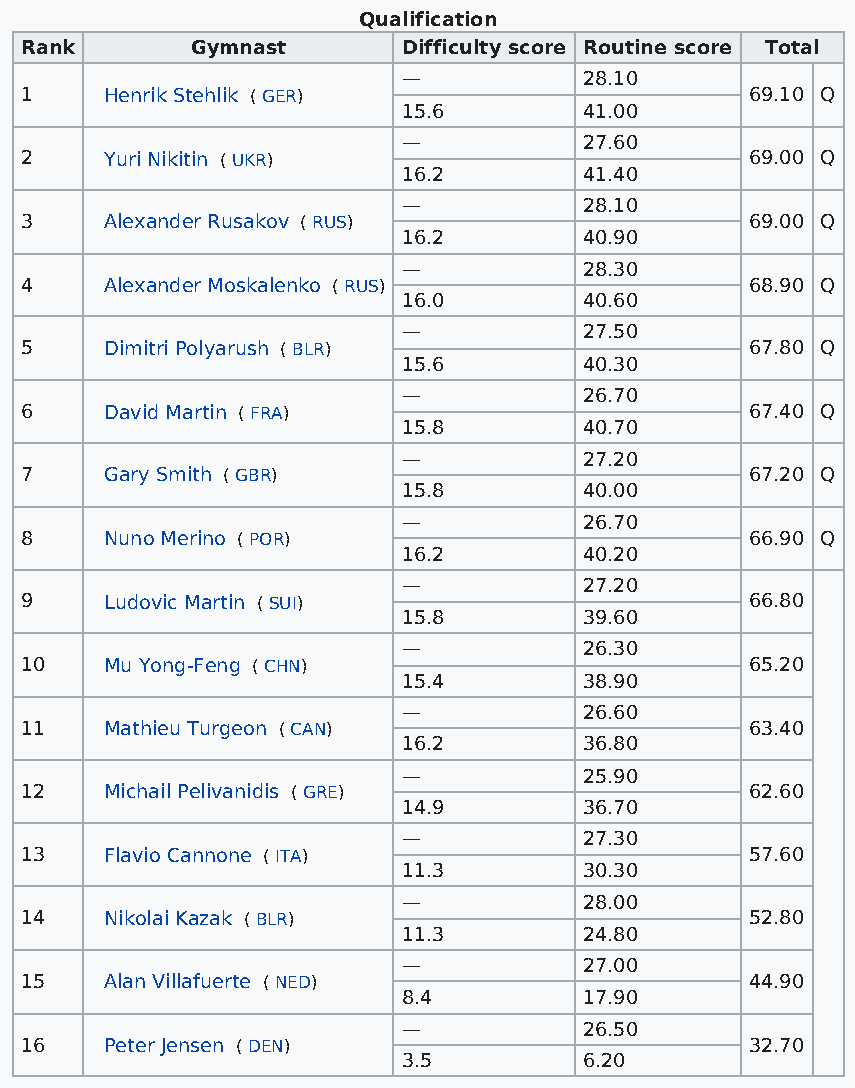
Qualification
 Rank        Gymnast       Difficulty score Routine score Total
 —           28.10
 1     Henrik Stehlik ( GER)                      69.10 Q
 15.6        41.00
 —           27.60
 2     Yuri Nikitin ( UKR)                        69.00 Q
 16.2        41.40
 —           28.10
 3     Alexander Rusakov ( RUS)                   69.00 Q
 16.2        40.90
 —           28.30
 4     Alexander Moskalenko ( RUS)                68.90 Q
 16.0        40.60
 —           27.50
 5     Dimitri Polyarush ( BLR)                   67.80 Q
 15.6        40.30
 —           26.70
 6     David Martin ( FRA)                        67.40 Q
 15.8        40.70
 —           27.20
 7     Gary Smith ( GBR)                          67.20 Q
 15.8        40.00
 —           26.70
 8     Nuno Merino ( POR)                         66.90 Q
 16.2        40.20
 —           27.20
 9     Ludovic Martin ( SUI)                      66.80
 15.8        39.60
 —           26.30
 10    Mu Yong-Feng ( CHN)                        65.20
 15.4        38.90
 —           26.60
 11    Mathieu Turgeon ( CAN)                     63.40
 16.2        36.80
 —           25.90
 12    Michail Pelivanidis ( GRE)                 62.60
 14.9        36.70
 —           27.30
 13    Flavio Cannone ( ITA)                      57.60
 11.3        30.30
 —           28.00
 14    Nikolai Kazak ( BLR)                       52.80
 11.3        24.80
 —           27.00
 15    Alan Villafuerte ( NED)                    44.90
 8.4         17.90
 —           26.50
 16    Peter Jensen ( DEN)                        32.70
 3.5         6.20